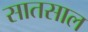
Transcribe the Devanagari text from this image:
सातसाल